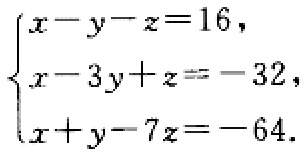
$\begin{cases}
x - y - z = 16,\\
x - 3y + z = - 32,\\
x + y - 7z = - 64.
\end{cases}$